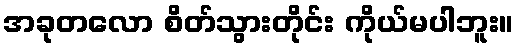
အခုတလော စိတ်သွားတိုင်း ကိုယ်မပါဘူး။